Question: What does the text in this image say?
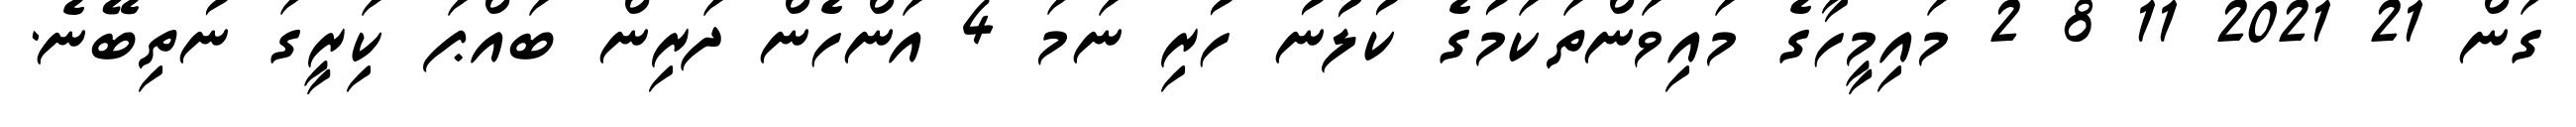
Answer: ގަން 21 2021 11 8 2 މައިމީހާގެ މައިވަންތަކަމުގެ ކުލުނު ހުރި ނަމަ 4 އަންހެން ދަރިން ބައްޕަ ކަިރީގަ ނުތިބޭނެ.